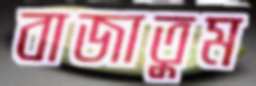
বাজাতুম